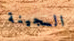
السجينة